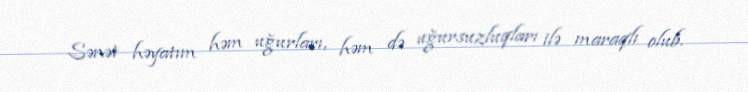
Sənət həyatım həm uğurları, həm də uğursuzluqları ilə maraqlı olub.